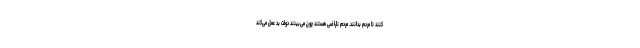
کنند تا مردم بدانند. مردم ناراضی هستند چون می‌بینند دولت بد عمل می‌کند